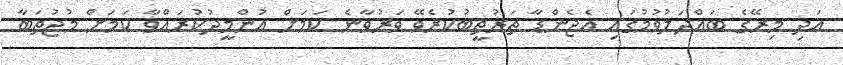
އަދި މިރޭގެ ބައްދަލުވުމުގައި އެޖެންޑާ ތަރުތީބުކުރެވޭ ވަރުވާނެ ކަމަށް އުންމީދުކުރައްވާ ކަމަށް މުޖުތަބާ